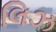
લિઝ